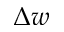
\Delta w